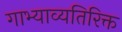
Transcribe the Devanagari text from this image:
गाभ्याव्यतिरिक्त